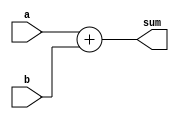
module ADDER(
input wire [31:0] a,
input wire [31:0] b,
output wire [31:0] sum
);

assign sum=a+b ;

endmodule